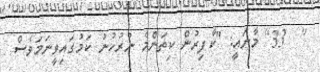
[  33] މާނައީ: "ކާފިރުން ކިތަންމެ ނުރުހުނު ކަމުގައިވީނަމަވެސް